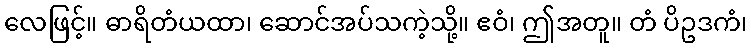
လေဖြင့်။ ဓာရိတံယထာ၊ ဆောင်အပ်သကဲ့သို့။ ဧဝံ၊ ဤအတူ။ တံ ပိဥဒကံ၊